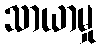
သာယာမှု